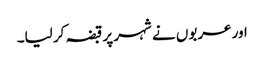
اور عربوں نے شہر پر قبضہ کر لیا۔